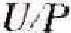
U/P